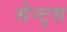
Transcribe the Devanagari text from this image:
सेन्ट्स